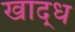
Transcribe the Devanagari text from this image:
खाद्ध